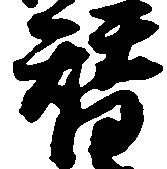
替